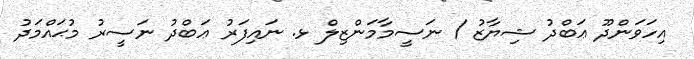
އިހަވަންދޫ ޢަބްދު ޝިޔާޒު / ނަސީމާމަންޒިލް ޅ. ނައިފަރު ޢަބްދު ނަސީރު މުޙައްމަދު